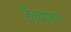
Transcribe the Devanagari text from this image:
हैं।चारण